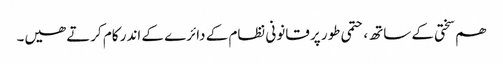
ھم سختی کے ساتھ، حتمی طور پر قانونی نظام کے دائرے کے اندر کام کرتے ھیں۔